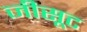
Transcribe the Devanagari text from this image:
जीसूट